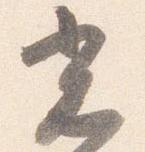
光